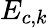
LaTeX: E_{c,k}